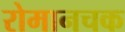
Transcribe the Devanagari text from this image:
रोमानचक